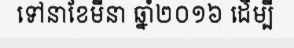
ទៅនាខែមីនា ឆ្នាំ២០១៦ ដើម្បី